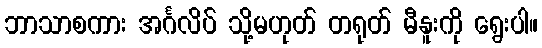
ဘာသာစကား အင်္ဂလိပ် သို့မဟုတ် တရုတ် မီနူးကို ရွေးပါ။